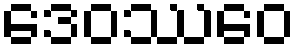
ဒေဝဿေဝ